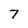
Character: 7